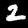
Digit: 2